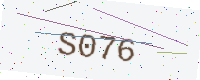
Text: S076